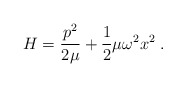
\begin{align*}H = \frac{p^2}{2\mu} + \frac{1}{2}\mu\omega^2 x^2 \;.\end{align*}